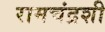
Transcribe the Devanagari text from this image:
रामचंद्रशी